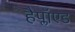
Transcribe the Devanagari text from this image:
हैप्लॉएड